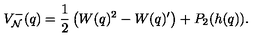
V _ { \cal N } ^ { - } ( q ) = \frac 1 2 \left( W ( q ) ^ { 2 } - W ( q ) ^ { \prime } \right) + P _ { 2 } ( h ( q ) ) .